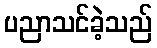
ပညာသင်ခဲ့သည်